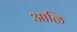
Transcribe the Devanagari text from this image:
आळि